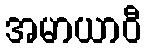
အမာယာဝီ